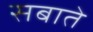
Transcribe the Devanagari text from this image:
सबाते